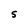
Character: S